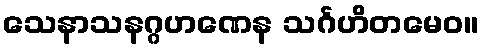
သေနာသနဂ္ဂဟဏေန သင်္ဂဟိတမေဝ။